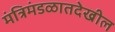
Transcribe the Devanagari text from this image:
मंत्रिमंडळातदेखील